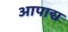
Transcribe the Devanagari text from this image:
आपाद्य